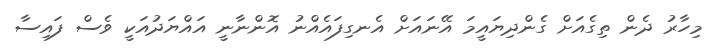
މިހާރު ދެން ތިގެއަށް ގެންދިޔައީމަ އޭނައަށް އެނގިފައެއްނު އޮންނާނީ އައްޔަދުއަކީ ވެސް ފައިސާ